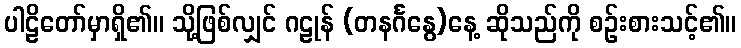
ပါဠိတော်မှာရှိ၏။ သို့ဖြစ်လျှင် ဂဠုန် (တနင်္ဂနွေ)နေ့ ဆိုသည်ကို စဉ်းစားသင့်၏။